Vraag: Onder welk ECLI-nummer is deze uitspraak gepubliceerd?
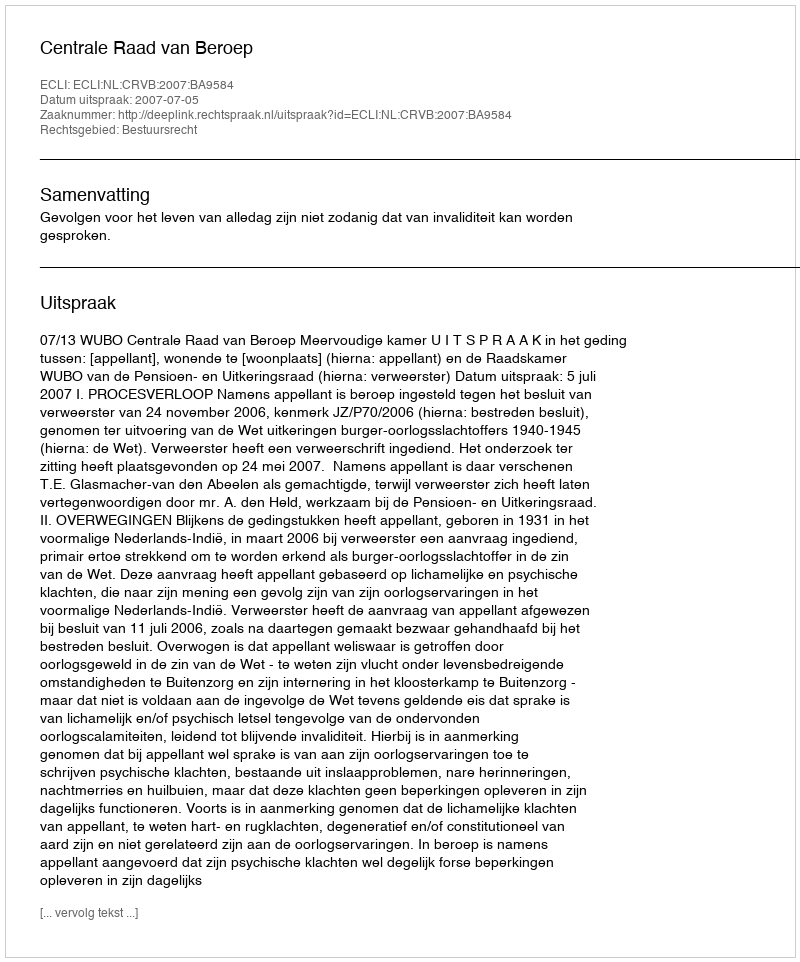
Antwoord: ECLI:NL:CRVB:2007:BA9584